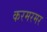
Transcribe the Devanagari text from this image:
करमरमर